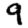
Digit: 9